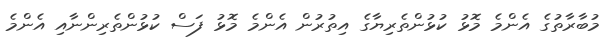
މުބާރާތުގެ އެންމެ މޮޅު ކުޅުންތެރިޔާގެ އިތުރުން އެންމެ މޮޅު ފަސް ކުޅުންތެރިންނާއި އެންމެ